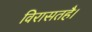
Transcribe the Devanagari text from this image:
विरासतहै।